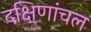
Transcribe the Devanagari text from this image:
दक्षिणांचल